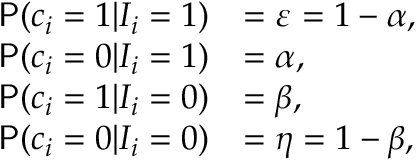
\begin{array} { r l } { \mathsf { P } ( c _ { i } = 1 | I _ { i } = 1 ) } & { = \varepsilon = 1 - \alpha , } \\ { \mathsf { P } ( c _ { i } = 0 | I _ { i } = 1 ) } & { = \alpha , } \\ { \mathsf { P } ( c _ { i } = 1 | I _ { i } = 0 ) } & { = \beta , } \\ { \mathsf { P } ( c _ { i } = 0 | I _ { i } = 0 ) } & { = \eta = 1 - \beta , } \end{array}